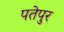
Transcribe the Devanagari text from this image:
पतेपुर